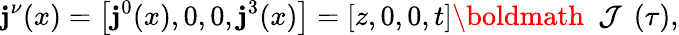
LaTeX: {\mathbf j}^{\nu}(x)=\left[{\mathbf j}^{0}(x),0,0,{\mathbf j}^{3}(x)\right]=[z,0,0,t]{\mathrm{\boldmath~\cal~J~}}\left(\tau\right),